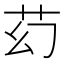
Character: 䒛